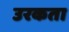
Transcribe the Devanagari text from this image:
उरकता